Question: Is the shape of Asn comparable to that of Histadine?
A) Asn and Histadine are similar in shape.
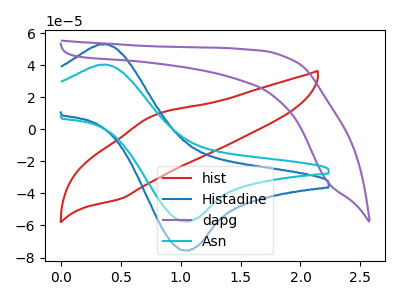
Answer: <think>The red curve "hist" has an anodic peak at (0.75V, 8.35uA) and a cathodic peak at (0.50V, -43.35uA). The blue curve "Histadine" has an anodic peak at (0.35V, 52.95uA) and a cathodic peak at (1.05V, -75.40uA). The purple curve "dapg" has no peaks. The cyan curve "Asn" has an anodic peak at (0.35V, 40.25uA) and a cathodic peak at (1.05V, -57.30uA).
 All the peaks in "Asn" have a peak in "Histadine" at the same potential. Every peak in "Asn" is lower than every peak in "Histadine".</think>
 <answer>A) "Asn" and "Histadine" are similar in shape.</answer>
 <eval>A</eval>